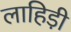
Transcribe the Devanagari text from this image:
लाहिडी़